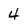
Character: 4